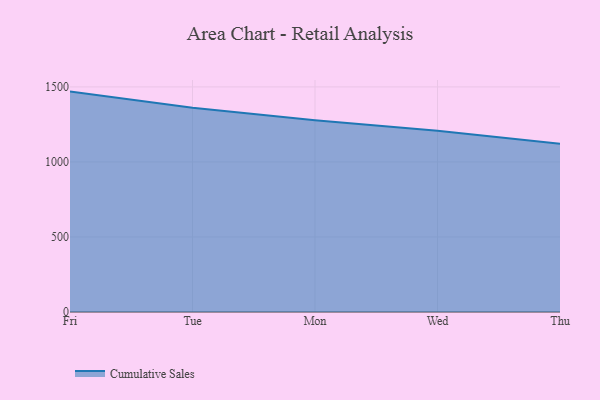
{"axis": {"x": "Day", "y": "Net Income (USD K)"}, "legend": ["Cumulative Sales"], "data": [{"x": "Fri", "y": 1468.7, "type": "Cumulative Sales"}, {"x": "Tue", "y": 1360.8, "type": "Cumulative Sales"}, {"x": "Mon", "y": 1278.4, "type": "Cumulative Sales"}, {"x": "Wed", "y": 1207.4, "type": "Cumulative Sales"}, {"x": "Thu", "y": 1120.6, "type": "Cumulative Sales"}]}